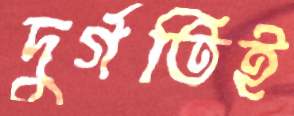
দুর্গতিই